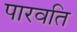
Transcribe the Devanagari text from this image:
पारवति